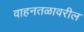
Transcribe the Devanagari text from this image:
वाहनतळावरील